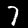
Digit: 7